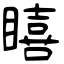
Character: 瞦